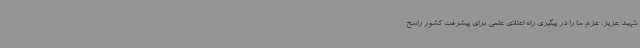
شهید عزیز، عزم ما را در پیگیری راه اعتلای علمی برای پیشرفت کشور راسخ